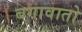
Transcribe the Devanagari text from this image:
बगावातो